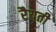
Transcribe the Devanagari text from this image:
रैयती